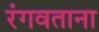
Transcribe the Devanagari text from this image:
रंगवताना